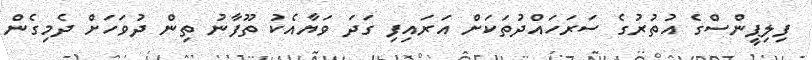
ފިލިޕީންސްގެ އުތުރުގެ ސަރަހައްދުތަކަށް އަރައިފި ގަދަ ވަޔާއެކު ތޫފާނު ތިން ދުވަހަށް ދެމިގެން